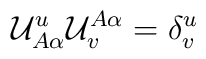
{\cal U}^u_{A\alpha} {\cal U}^{A\alpha}_v = \delta^u_v